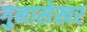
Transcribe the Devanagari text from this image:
गुनासेखर